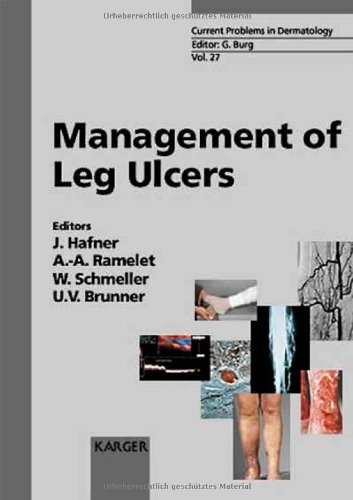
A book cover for Management of Leg Ulcers (Current Problems in Dermatology, Vol. 27); Health, Fitness & Dieting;